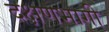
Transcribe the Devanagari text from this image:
दक्षणभागी